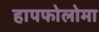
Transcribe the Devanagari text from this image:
हापफोलोमा